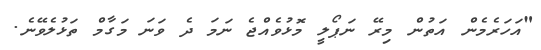
"އަހަރެމެން އަތުން މިރޭ ނަޕޯލީ މޮޅުވެއްޖެ ނަމަ ދެ ވަނަ މަގާމް ތަޅުލެވޭނެ.